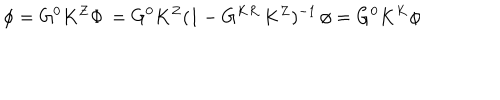
\phi = G ^ { 0 } K ^ { Z } \Phi \, = G ^ { 0 } K ^ { Z } ( 1 - G ^ { K R } \, K ^ { Z } ) ^ { - 1 } \, \phi = G ^ { 0 } K ^ { K } \phi